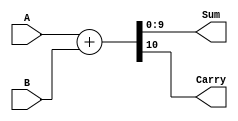
module full_adder_10_bit (
    output wire [9:0] Sum,
    output wire Carry,
    input wire [9:0] A, B
);

    assign {Carry, Sum} = A + B;

endmodule

module tb_full_adder_10_bit();

/*
Python pattern generator:
for i in range(1024):
    print(str(f'{i:10b}').zfill(10).replace(" ", "0"))
*/

    wire [9:0] sum;
    wire carry;
    reg [9:0] a, b;
    reg [9:0] a_in [1023:0];
    reg [9:0] b_in [1023:0];
    
    full_adder_10_bit DUT(.Sum(sum), .Carry(carry), .A(a), .B(b));
    integer i, j;

    initial
        begin
            $dumpfile("full_adder_10_bit.vcd");
            $dumpvars(0, tb_full_adder_10_bit);
            $readmemb("test.txt", a_in);
            $readmemb("test.txt", b_in);
            for (i = 0; i < 1024; i = i + 1)
                begin
                     a = a_in[i];
                    for (j = 0; j < 1024; j = j + 1)
                        begin
                            b = b_in[j];
                            #1;
                            // #1 $display("%b %b = (carry) %b (sum) %b", a, b, carry, sum);
                        end
                end     
            $finish;
        end

endmodule